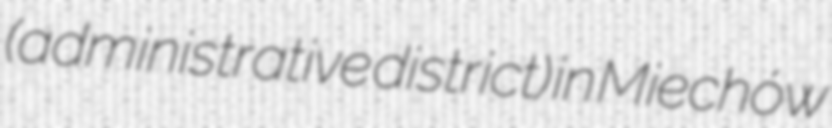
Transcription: (administrative district) in Miechów